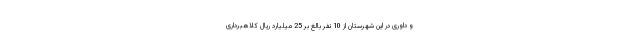
و داوری در این شهرستان از 10 نفر بالغ بر 25 میلیارد ریال کلاهبرداری